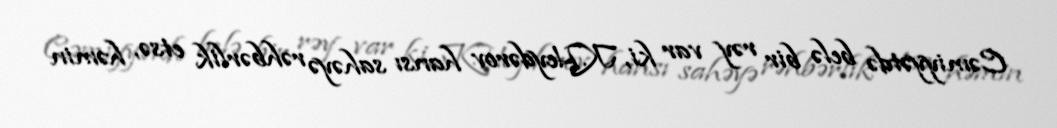
Cəmiyyətdə belə bir rəy var ki, K.Heydərov hansı sahəyə rəhbərlik etsə, həmin